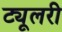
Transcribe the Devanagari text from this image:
ट्यूलरी